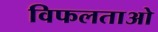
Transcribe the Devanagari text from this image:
विफलताओ